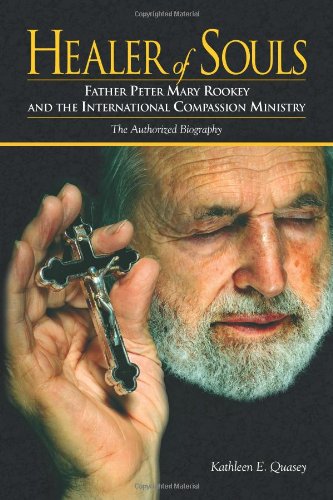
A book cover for Healer of Souls: The Life of Father Peter Mary Rookey and the International Compassion Ministry; Kathleen E. Quasey; Biographies & Memoirs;